Lunatic asylums Madras 1892-1911 - 1892-1911
Year: 1892
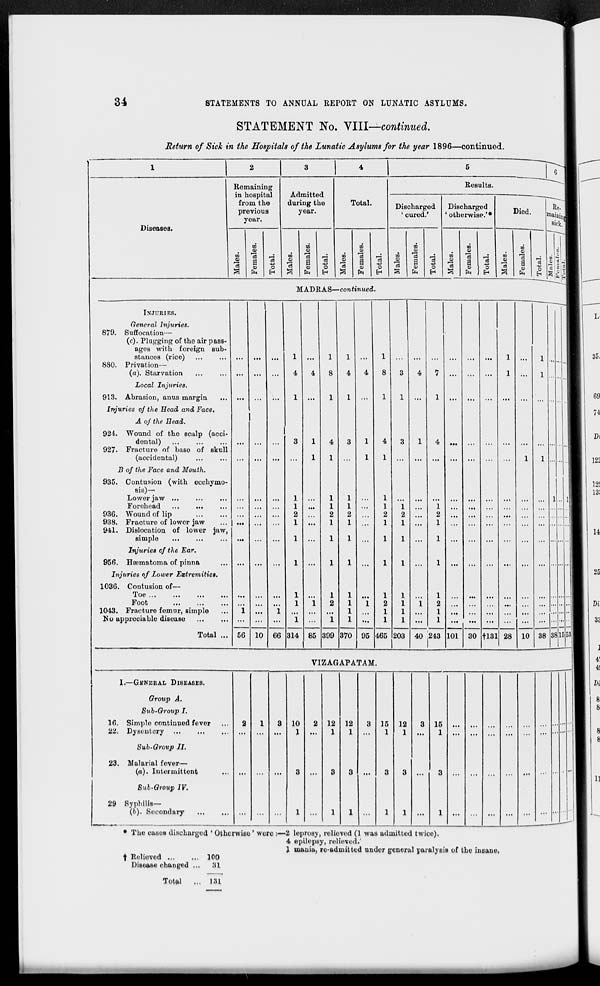
34
STATEMENTS TO ANNUAL REPORT ON LUNATIC ASYLUMS.
STATEMENT No. VIII—continued.
Return of Sick in the Hospitals of the Lunatic Asylums for the year 1896—continued.
2
Diseases.
Remaining
in hospital
from the
previous
year.
TO
8
in
CD
S
O
Admitted
during the
year.
m
m
a
fa
a!
Total.
m
%
9
fa
o
Results.
Discharged
' cured.'
TO
o
s
fa
o
Discharged
' otherwise.'*
•I!
'cS
00
a
CD
fc 1
0
EH
MADRAS—continued.
INJURIES.
General Injuries.
879. Suffocation—
(c). Plugging of the air pass-
ages with foreign sub-
stances (rice)
880. Privation—
(a). Starvation
Local Injuries.
913. Abrasion, anus margin
Injuries of the Head and Face.
A of the Head.
924. Wound of the scalp (acci-
dental) ...
927. Fracture of base of skull
(accidental)
B of the Face and Mouth.
935. Contusion (with ecchymo-
sis)—
Lower jaw ...
Forehead ...
...
936. Wound of lip
938. Fracture of lower jaw
941. Dislocation of lower jaw,
simple
Injuries of the Ear.
956. HaBmatoma of pinna
Injuries of Lower Extremities.
1036. Contusion of—
Toe
Foot
1043. Fracture femur, simple
No appreciable disease
Total ... 56 10 66 314 85
4
399 370 95
4
1
1
1
2
1
1
1
465 203 40 243 101 30 fl31 28 10
.. 1
38 38 If- 53
VIZAGAPATAM.
I.—GENERAL DISEASE8.
Group A.
Sub-Group I.
16. Simplo continued fever
22. Dysentery
2
1
3 10
1
2 12
1
12
1
3 15
1
12
1
3 15
1
...
...
...
...
Sub-Group II.
23. Malarial fever—
(a). Intermittent
3
3
3
3
3 ...
3
Sub-Group IV.
29 Syphilis—
(b). Secondary
...
...
...
1 ...
1
1
1
1 ...
1 ... ... ... ... ... ... ...
• The cases discharged ' Otherwise ' were :—2 leprosy, relieved (1 was admitted twice).
4 epilepsy, relieved.'
1 mania, re-admitted under general paralysis of the insane,
f Relieved
100
Disease changed ...
31
Total
131